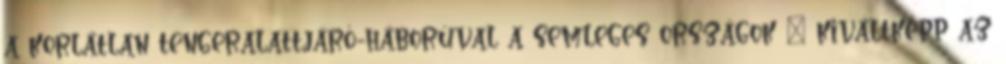
a korlátlan tengeralattjáró-háborúval a semleges országok – kiváltképp az